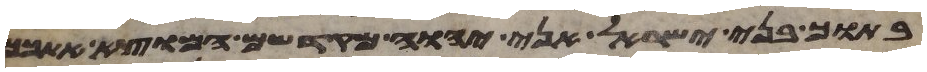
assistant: בתוך בני ישראל אני יהוה מקדשם המוצא אתכם